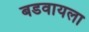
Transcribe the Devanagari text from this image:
बडवायला